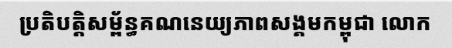
ប្រតិបត្តិសម្ព័ន្ធគណនេយ្យភាពសង្គមកម្ពុជា លោក